Reports on dispensaries and lunatic asylums in the Province of Oudh - 1869-1876
Year: 1869
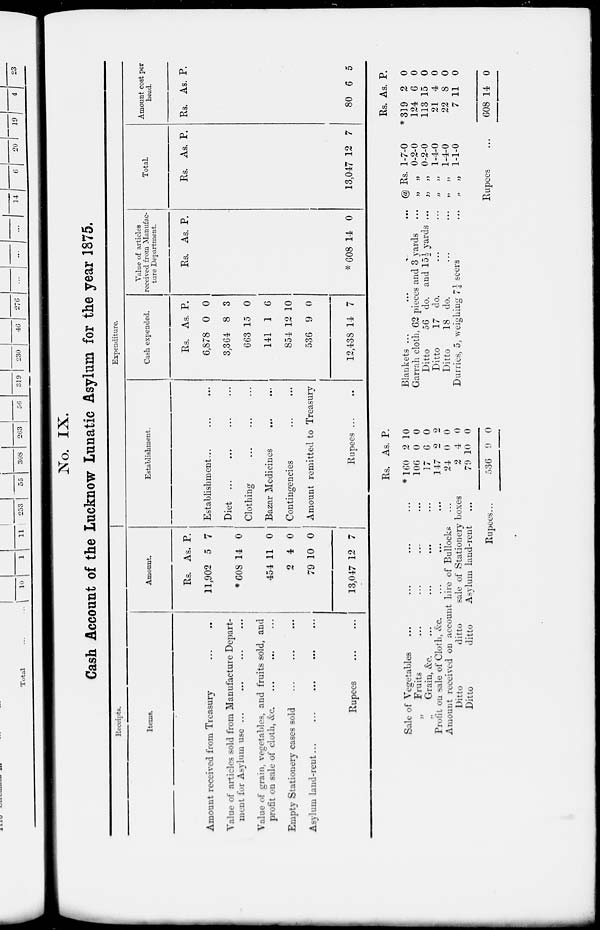
No. IX.
Cash Account of the Lucknow Lunatic Asylum for the year 1875.
Receipts.
Items.
Amount received from Treasury ... ...
Value of articles sold from Manufacture Depart-
ment for Asylum use ... … … …
Value of grain, vegetables, and fruits sold, and
profit on sale of cloth, &c. … … …
Empty Stationery cases sold … … …
Asylum land-rent... … … … … …
Rupees … …
Amount.
Rs.
11,902
*608
454
2
79
13,047
As.
5
14
11
4
10
12
P.
7
0
0
0
0
7
Expenditure.
Establishment.
Establishment... … …
Diet … … … …
Clothing … … …
Bazar Medicines … …
Contingencies … …
Amount remitted to Treasury
Rupees ... …
Cash expended.
Rs.
6,878
3,364
663
141
854
536
12,438
As.
0
8
15
1
12
9
14
P.
0
3
0
6
10
0
7
Value of articles
received from Manufac-
ture Department.
Rs. As. P.
*608 14 0
Total.
Rs. As. P.
13,047 12 7
Amount cost per
head.
Rs. As. P.
80 6 5
Sale of Vegetables … … … …
„
Fruits
...
...
...
...
„
Grain, &c. … … … …
Profit on sale of Cloth, &c. … … …
Amount received on account hire of Bullocks …
Ditto
ditto
sale of Stationery boxes
Ditto
ditto
Asylum land-rent …
Rupees...
Rs.
* 160
106
17
147
24
2
70
536
As.
2
0
6
2
0
4
10
9
P.
10
0
0
2
0
0
0
0
Blankets ...
...
.
... @
Garrah cloth, 62 pieces and 3 yards
...
„
Ditto
56 do. and 15½ yards ...
„
Ditto
17 do.
...
...
„
Ditto
18 do.
...
...
„
Durries, 5, weighing 7¼ seers
... „
Rs.
„
„
„
„
„
Rupees …
1-7-0
0-2-0
0-2-0
1-4-0
1-4-0
1-1-0
Rs.
*319
124
113
21
22
7
608
As.
2
6
15
4
8
11
14
P.
0
0
0
0
0
0
0